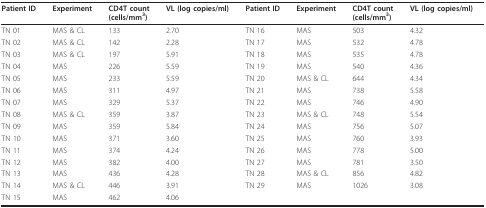
<table><thead><tr><td><b>Patient ID</b></td><td><b>Experiment</b></td><td><b>CD4T count(cells/mm<sup>3</sup>)</b></td><td><b>VL (log copies/ml)</b></td><td><b>Patient ID</b></td><td><b>Experiment</b></td><td><b>CD4T count(cells/mm<sup>3</sup>)</b></td><td><b>VL (log copies/ml)</b></td></tr></thead><tbody><tr><td>TN 01</td><td>MAS &amp; CL</td><td>133</td><td>2.70</td><td>TN 16</td><td>MAS</td><td>503</td><td>4.32</td></tr><tr><td>TN 02</td><td>MAS &amp; CL</td><td>142</td><td>2.28</td><td>TN 17</td><td>MAS</td><td>532</td><td>4.78</td></tr><tr><td>TN 03</td><td>MAS &amp; CL</td><td>197</td><td>5.91</td><td>TN 18</td><td>MAS</td><td>535</td><td>4.78</td></tr><tr><td>TN 04</td><td>MAS</td><td>226</td><td>5.59</td><td>TN 19</td><td>MAS</td><td>540</td><td>4.36</td></tr><tr><td>TN 05</td><td>MAS</td><td>233</td><td>5.59</td><td>TN 20</td><td>MAS &amp; CL</td><td>644</td><td>4.34</td></tr><tr><td>TN 06</td><td>MAS</td><td>311</td><td>4.97</td><td>TN 21</td><td>MAS</td><td>738</td><td>5.58</td></tr><tr><td>TN 07</td><td>MAS</td><td>329</td><td>5.37</td><td>TN 22</td><td>MAS</td><td>746</td><td>4.90</td></tr><tr><td>TN 08</td><td>MAS &amp; CL</td><td>359</td><td>3.87</td><td>TN 23</td><td>MAS &amp; CL</td><td>748</td><td>5.54</td></tr><tr><td>TN 09</td><td>MAS</td><td>359</td><td>5.84</td><td>TN 24</td><td>MAS</td><td>756</td><td>5.07</td></tr><tr><td>TN 10</td><td>MAS</td><td>371</td><td>3.60</td><td>TN 25</td><td>MAS</td><td>760</td><td>3.93</td></tr><tr><td>TN 11</td><td>MAS</td><td>374</td><td>4.24</td><td>TN 26</td><td>MAS</td><td>778</td><td>5.00</td></tr><tr><td>TN 12</td><td>MAS</td><td>382</td><td>4.00</td><td>TN 27</td><td>MAS</td><td>781</td><td>3.50</td></tr><tr><td>TN 13</td><td>MAS</td><td>436</td><td>4.28</td><td>TN 28</td><td>MAS &amp; CL</td><td>856</td><td>4.82</td></tr><tr><td>TN 14</td><td>MAS &amp; CL</td><td>446</td><td>3.91</td><td>TN 29</td><td>MAS</td><td>1026</td><td>3.08</td></tr><tr><td>TN 15</td><td>MAS</td><td>462</td><td>4.06</td><td></td><td></td><td></td><td></td></tr></tbody></table>